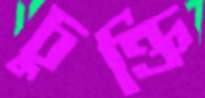
চুক্তি